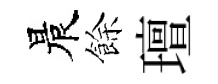
晨餘璮